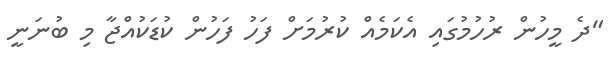
"ދެ މީހުން ރުހުމުގައި އެކަމެއް ކުރުމަށް ފަހު ފަހުން ކުޑަކުއްޖާ މި ބުނަނީ